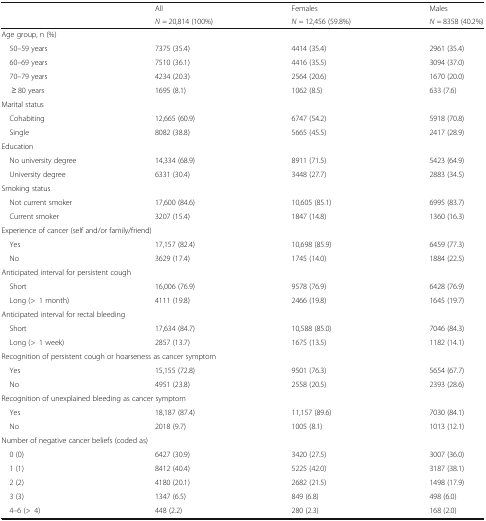
<table><thead><tr><td rowspan="2"></td><td><b>All</b></td><td><b>Females</b></td><td><b>Males</b></td></tr><tr><td><b><i>N</i> = 20,814 (100%)</b></td><td><b><i>N</i> = 12,456 (59.8%)</b></td><td><b><i>N</i> = 8358 (40.2%)</b></td></tr></thead><tbody><tr><td colspan="4">Age group, n (%)</td></tr><tr><td> 50–59 years</td><td>7375 (35.4)</td><td>4414 (35.4)</td><td>2961 (35.4)</td></tr><tr><td> 60–69 years</td><td>7510 (36.1)</td><td>4416 (35.5)</td><td>3094 (37.0)</td></tr><tr><td> 70–79 years</td><td>4234 (20.3)</td><td>2564 (20.6)</td><td>1670 (20.0)</td></tr><tr><td>≥ 80 years</td><td>1695 (8.1)</td><td>1062 (8.5)</td><td>633 (7.6)</td></tr><tr><td colspan="4">Marital status</td></tr><tr><td> Cohabiting</td><td>12,665 (60.9)</td><td>6747 (54.2)</td><td>5918 (70.8)</td></tr><tr><td> Single</td><td>8082 (38.8)</td><td>5665 (45.5)</td><td>2417 (28.9)</td></tr><tr><td colspan="4">Education</td></tr><tr><td> No university degree</td><td>14,334 (68.9)</td><td>8911 (71.5)</td><td>5423 (64.9)</td></tr><tr><td> University degree</td><td>6331 (30.4)</td><td>3448 (27.7)</td><td>2883 (34.5)</td></tr><tr><td colspan="4">Smoking status</td></tr><tr><td> Not current smoker</td><td>17,600 (84.6)</td><td>10,605 (85.1)</td><td>6995 (83.7)</td></tr><tr><td> Current smoker</td><td>3207 (15.4)</td><td>1847 (14.8)</td><td>1360 (16.3)</td></tr><tr><td colspan="4">Experience of cancer (self and/or family/friend)</td></tr><tr><td> Yes</td><td>17,157 (82.4)</td><td>10,698 (85.9)</td><td>6459 (77.3)</td></tr><tr><td> No</td><td>3629 (17.4)</td><td>1745 (14.0)</td><td>1884 (22.5)</td></tr><tr><td colspan="4">Anticipated interval for persistent cough</td></tr><tr><td> Short</td><td>16,006 (76.9)</td><td>9578 (76.9)</td><td>6428 (76.9)</td></tr><tr><td> Long (&gt;1 month)</td><td>4111 (19.8)</td><td>2466 (19.8)</td><td>1645 (19.7)</td></tr><tr><td colspan="4">Anticipated interval for rectal bleeding</td></tr><tr><td> Short</td><td>17,634 (84.7)</td><td>10,588 (85.0)</td><td>7046 (84.3)</td></tr><tr><td> Long (&gt;1 week)</td><td>2857 (13.7)</td><td>1675 (13.5)</td><td>1182 (14.1)</td></tr><tr><td colspan="4">Recognition of persistent cough or hoarseness as cancer symptom</td></tr><tr><td> Yes</td><td>15,155 (72.8)</td><td>9501 (76.3)</td><td>5654 (67.7)</td></tr><tr><td> No</td><td>4951 (23.8)</td><td>2558 (20.5)</td><td>2393 (28.6)</td></tr><tr><td colspan="4">Recognition of unexplained bleeding as cancer symptom</td></tr><tr><td> Yes</td><td>18,187 (87.4)</td><td>11,157 (89.6)</td><td>7030 (84.1)</td></tr><tr><td> No</td><td>2018 (9.7)</td><td>1005 (8.1)</td><td>1013 (12.1)</td></tr><tr><td colspan="4">Number of negative cancer beliefs (coded as)</td></tr><tr><td> 0 (0)</td><td>6427 (30.9)</td><td>3420 (27.5)</td><td>3007 (36.0)</td></tr><tr><td> 1 (1)</td><td>8412 (40.4)</td><td>5225 (42.0)</td><td>3187 (38.1)</td></tr><tr><td> 2 (2)</td><td>4180 (20.1)</td><td>2682 (21.5)</td><td>1498 (17.9)</td></tr><tr><td> 3 (3)</td><td>1347 (6.5)</td><td>849 (6.8)</td><td>498 (6.0)</td></tr><tr><td> 4–6 (&gt;4)</td><td>448 (2.2)</td><td>280 (2.3)</td><td>168 (2.0)</td></tr></tbody></table>